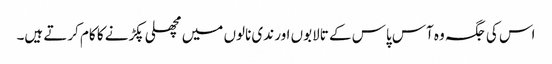
اس کی جگہ وہ آس پاس کے تالابوں اور ندی نالوں میں مچھلی پکڑنے کا کام کرتے ہیں۔